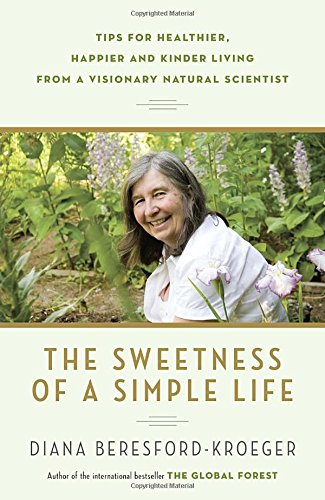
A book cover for The Sweetness of a Simple Life: Tips for Healthier, Happier and Kinder Living from a Visionary Natural Scientist; Diana Beresford-Kroeger; Religion & Spirituality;